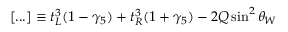
[ . . . ] \equiv t _ { L } ^ { 3 } ( 1 - \gamma _ { 5 } ) + t _ { R } ^ { 3 } ( 1 + \gamma _ { 5 } ) - 2 Q \sin ^ { 2 } \theta _ { W }